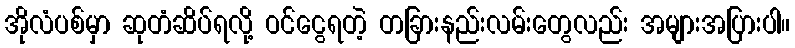
အိုလံပစ်မှာ ဆုတံဆိပ်ရလို့ ဝင်ငွေရတဲ့ တခြားနည်းလမ်းတွေလည်း အများအပြားပါ။